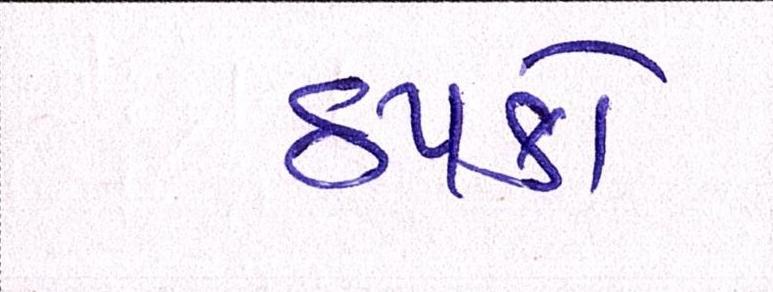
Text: ઠપકો